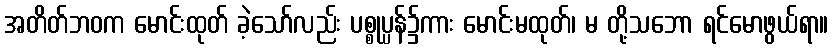
အတိတ်ဘဝက မောင်းထုတ် ခဲ့သော်လည်း ပစ္စုပ္ပန်၌ကား မောင်းမထုတ်၊ မ တို့သဘော ရင်မောဖွယ်ရာ။